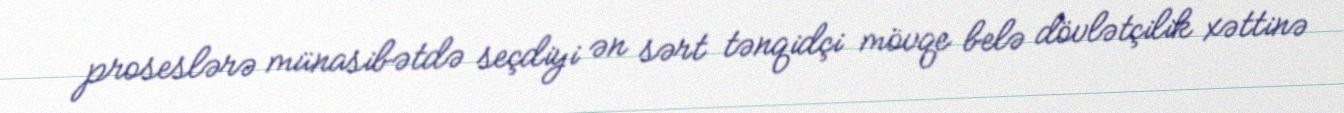
proseslərə münasibətdə seçdiyi ən sərt tənqidçi mövqe belə dövlətçilik xəttinə